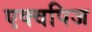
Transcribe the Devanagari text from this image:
एक्वपिज